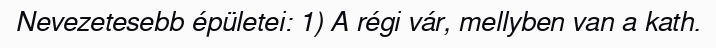
Nevezetesebb épületei: 1) A régi vár, mellyben van a kath.